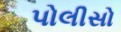
પોલીસો